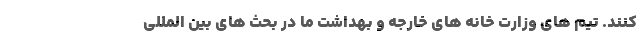
کنند. تیم های وزارت خانه های خارجه و بهداشت ما در بحث های بین المللی